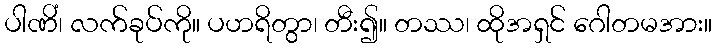
ပါဏိံ၊ လက်ခုပ်ကို။ ပဟရိတွာ၊ တီး၍။ တဿ၊ ထိုအရှင် ဂေါတမအား။